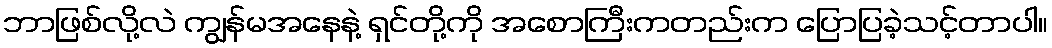
ဘာဖြစ်လို့လဲ ကျွန်မအနေနဲ့ ရှင်တို့ကို အစောကြီးကတည်းက ပြောပြခဲ့သင့်တာပါ။